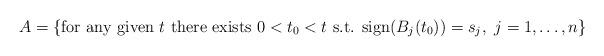
LaTeX: \begin{align*}A=\{\mbox{for any given } t \mbox{ there exists } 0<t_0<t \mbox{ s.t. } \mbox{sign}(B_j(t_0))=s_j,\ j=1,\ldots,n\}\end{align*}